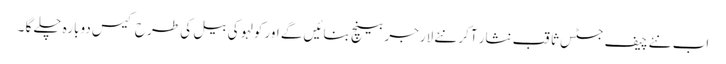
اب نئے چیف جسٹس ثاقب نثار آکر نئے لارجر بینچ بنائیں گے اور کولہو کی بیل کی طرح کیس دوبارہ چلے گا ۔